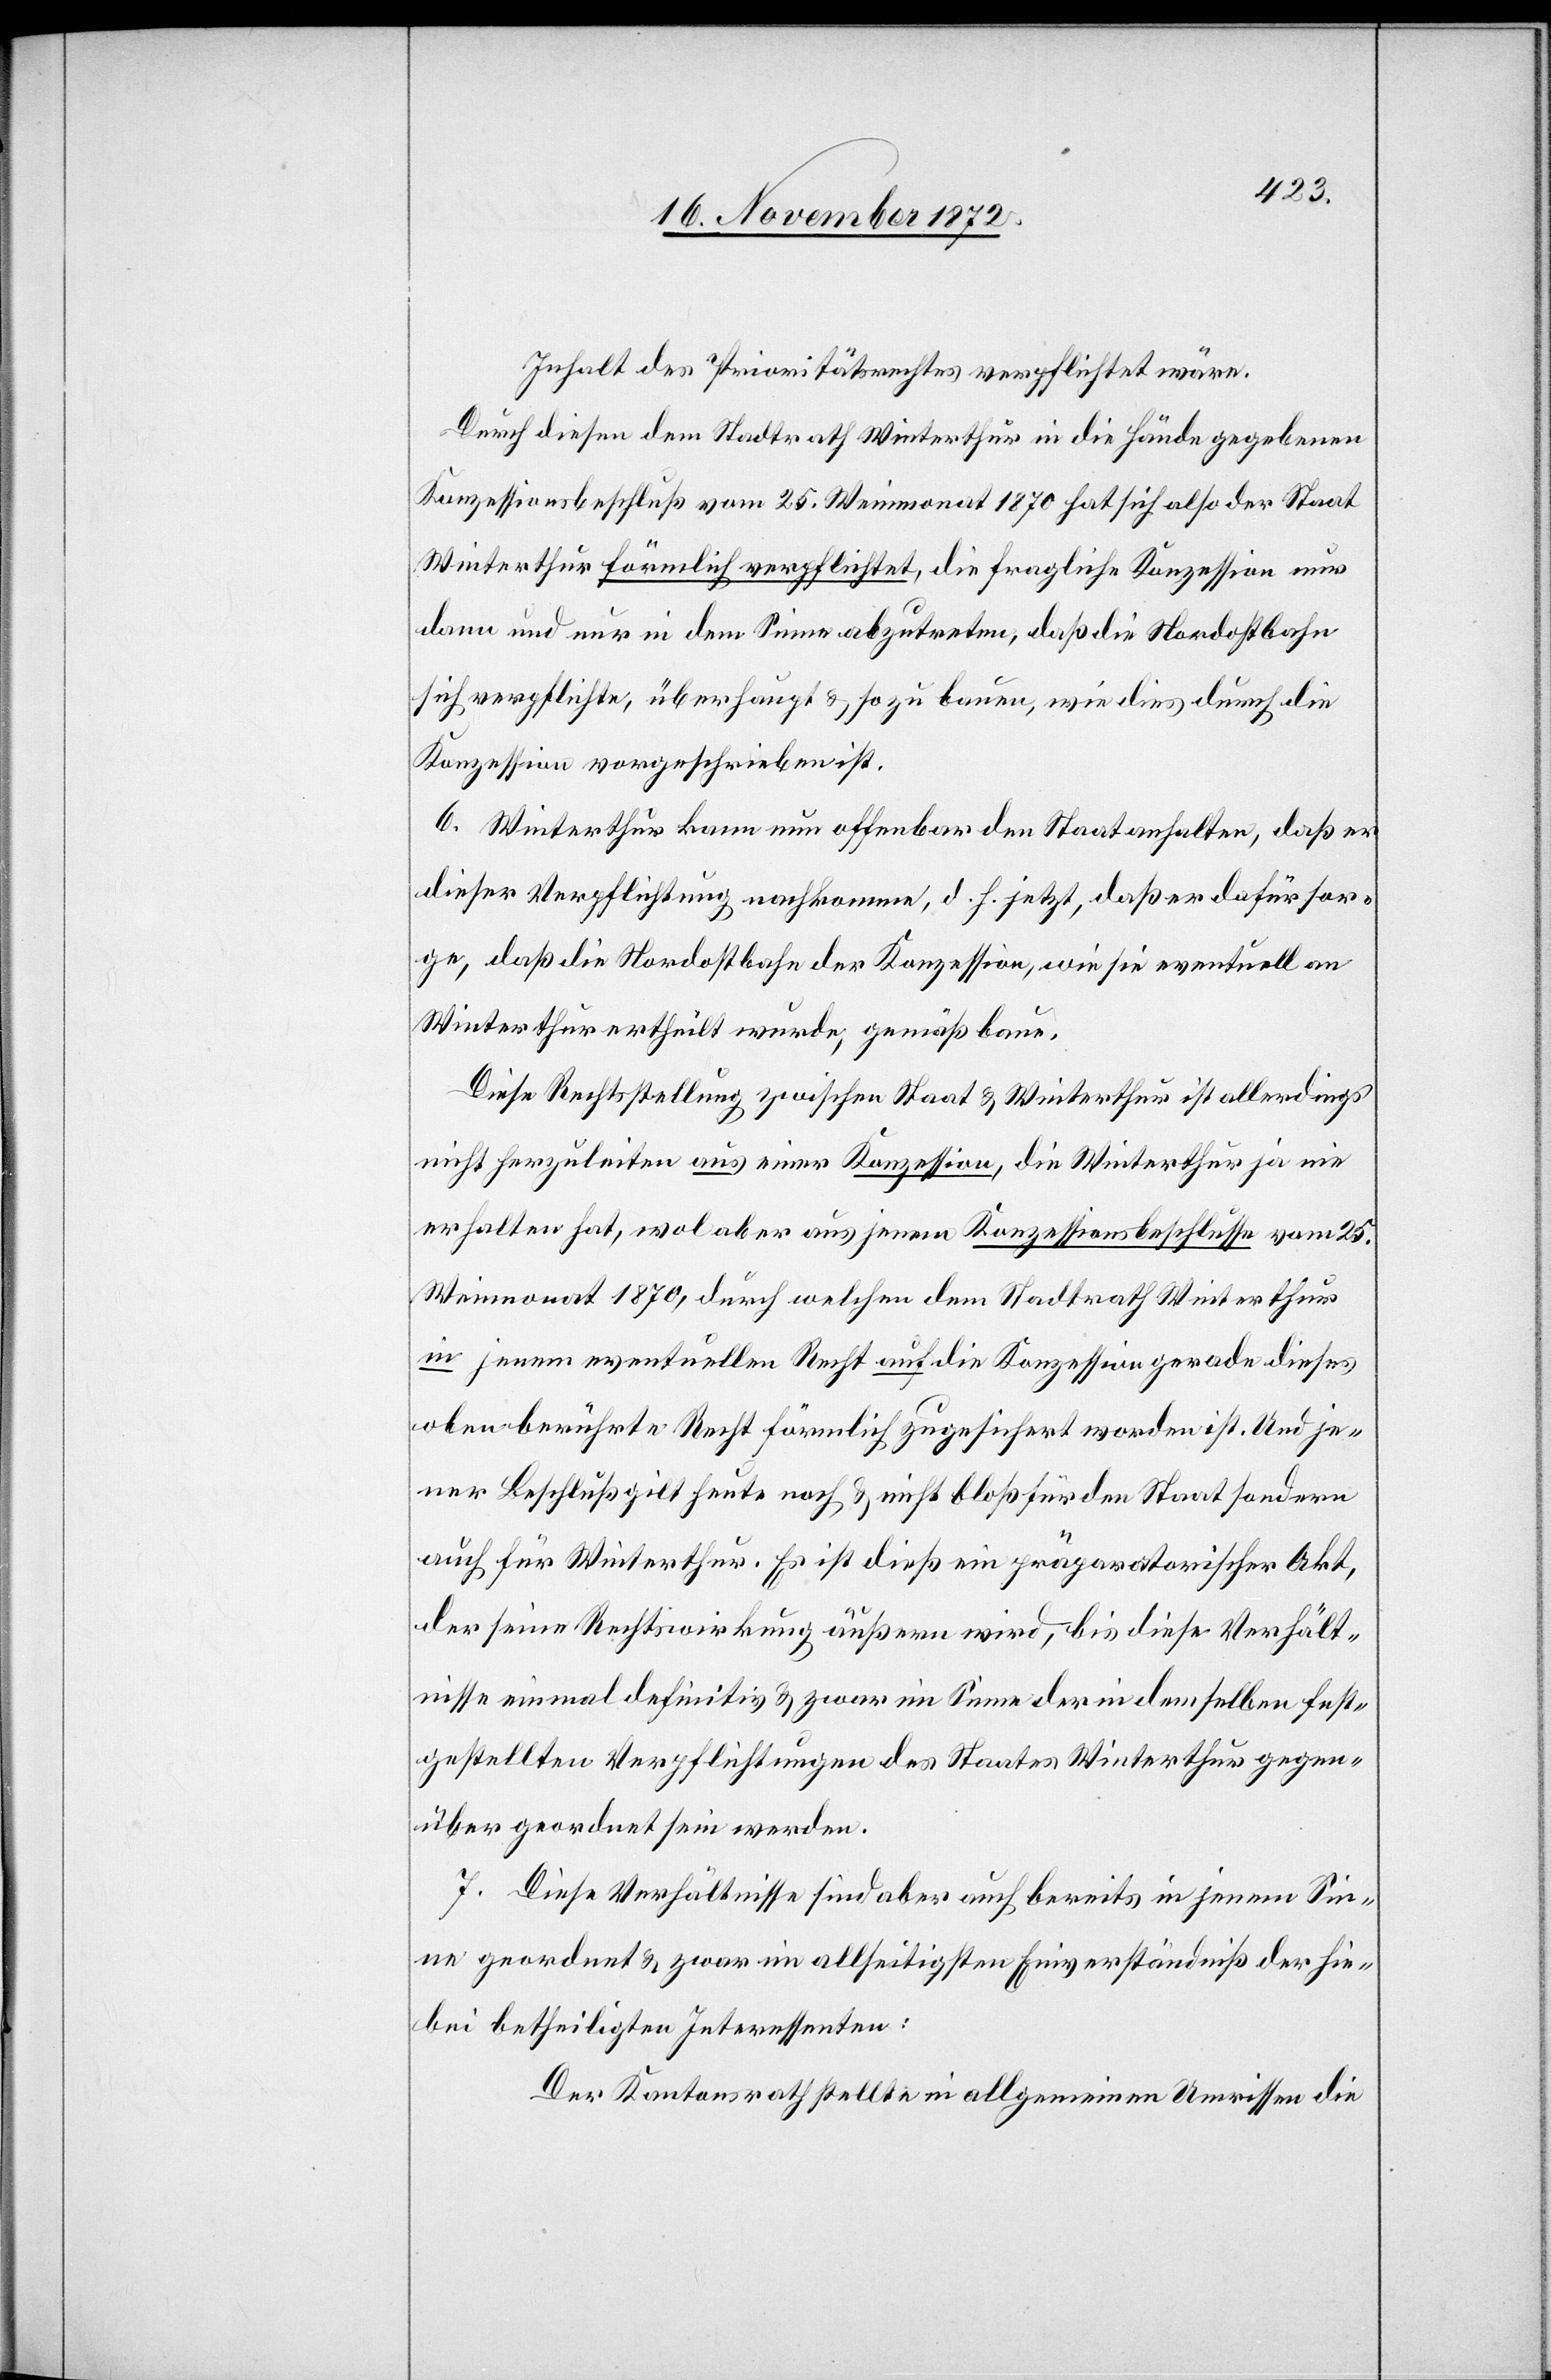
Inhalt des Prioritätsrechtes verpflichtet wäre.
Durch diesen dem Stadtrath Winterthur in die Hände gegebenen
Konzessionsbeschluß vom 25. Weinmonat 1870 hat sich also der Staat
Winterthur förmlich verpflichtet, die fragliche Konzession nur
dann und nur in dem Sinne abzutreten, daß die Nordostbahn
sich verpflichte, überhaupt u. so zu bauen, wie dies durch die
Konzession vorgeschrieben ist.
6. Winterthur kann nun offenbar den Staat anhalten, daß er
dieser Verpflichtung nachkomme, d. h. jetzt, daß er dafür sor¬
ge, daß die Nordostbahn der Konzession, wie sie eventuell an
Winterthur ertheilt wurde, gemäß baue.
Diese Rechtsstellung zwischen Staat u. Winterthur ist allerdings
nicht herzuleiten aus einer Konzession, die Winterthur ja nie
erhalten hat, wol aber aus jenem Konzessionsbeschlusse vom 25.
Weinmonat 1870, durch welchen dem Stadtrath Winterthur
in jenem eventuellen Recht auf die Konzession gerade dieses
oben berührte Recht förmlich zugesichert worden ist. Und je¬
ner Beschluß gilt heute noch u. nicht bloß für den Staat sondern
auch für Winterthur. Es ist dieß ein präparatorischer Akt,
der seine Rechtswirkung äußern wird, bis diese Verhält¬
nisse einmal definitiv u. zwar im Sinne der in demselben fest¬
gestellten Verpflichtungen des Staates Winterthur gegen¬
über geordnet sein werden.
7. Diese Verhältnisse sind aber auch bereits in jenem Sin¬
ne geordnet u. zwar im allseitigsten Einverständniß der hie¬
bei betheiligten Interessenten:
Der Kantonsrath stellte in allgemeinen Umrissen die